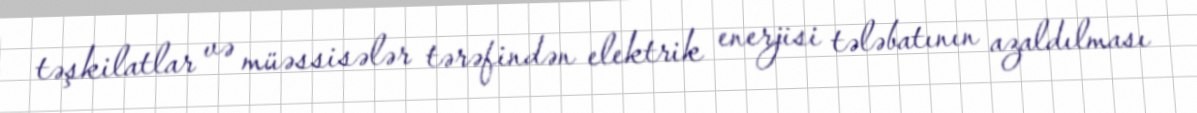
təşkilatlar və müəssisələr tərəfindən elektrik enerjisi tələbatının azaldılması